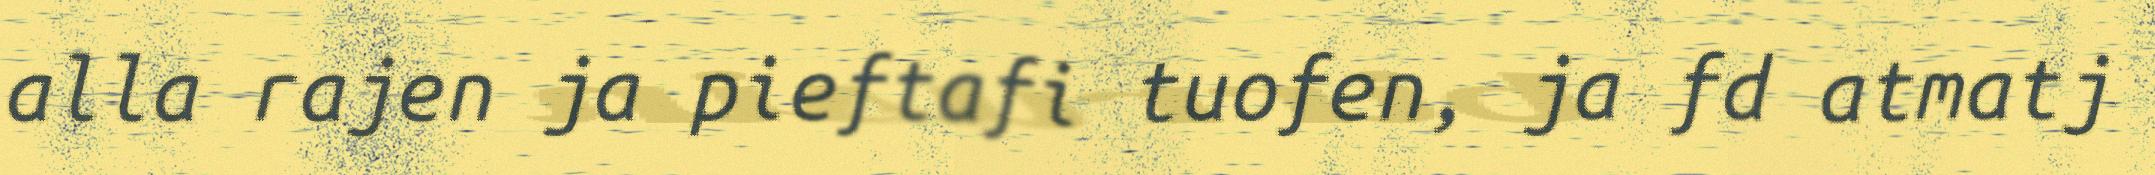
alla rajen ja pieftafi tuofen, ja fd atmatj